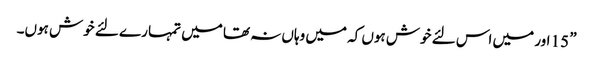
” 15 اور میں اس لئے خوش ہوں کہ میں وہاں نہ تھا میں تمہا رے لئے خوش ہوں۔